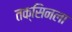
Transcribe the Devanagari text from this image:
तक्सिनला